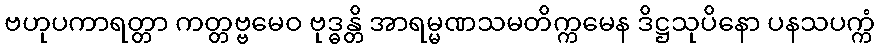
ဗဟုပကာရတ္တာ ကတ္တဗ္ဗမေဝ ဗုဒ္ဓန္တိ အာရမ္မဏသမတိက္ကမေန ဒိဋ္ဌသုပိနော ပနသပက္ကံ